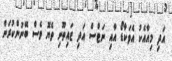
އަދި މިއާއެކު އެވަކާޑޯ އާއި ނަޓްސް އަދި ޒައިތޫނި ތެޔޮ ވެސް ބޭނުންކުރަން